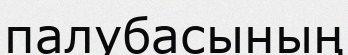
палубасының